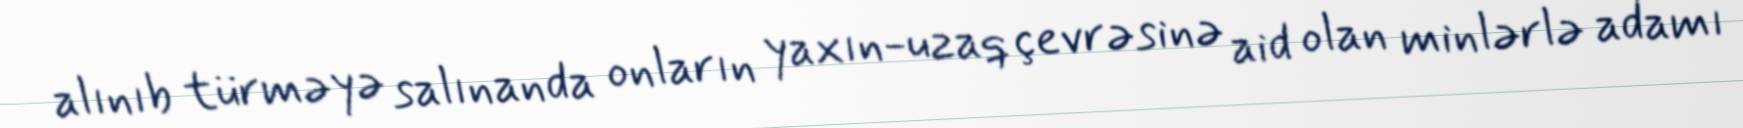
alınıb türməyə salınanda onların yaxın-uzaq çevrəsinə aid olan minlərlə adamı